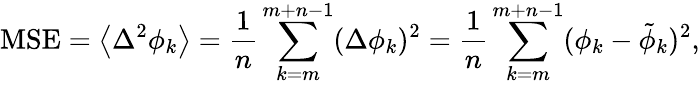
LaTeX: \textrm{MSE}=\left\langle\Delta^{2}\phi_{k}\right\rangle=\frac{1}{n}\sum_{k=m}^{m+n-1}(\Delta\phi_{k})^{2}=\frac{1}{n}\sum_{k=m}^{m+n-1}(\phi_{k}-\tilde{\phi}_{k})^{2},